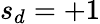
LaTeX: s_{d}=+1